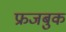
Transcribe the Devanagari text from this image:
फ्रजबुक